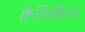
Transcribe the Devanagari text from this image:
कैलिबित्ज